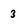
Character: 3